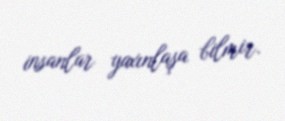
insanlar yaxınlaşa bilmir.